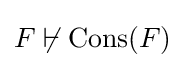
F\not \vdash {\text{Cons}}(F)